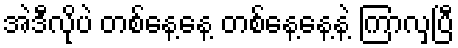
အဲဒီလိုပဲ တစ်နေ့နေ့ တစ်နေ့နေ့နဲ့ ကြာလှပြီ